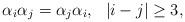
LaTeX: \begin{align*}\begin{array}{cc}\alpha_i \alpha_j = \alpha_j \alpha_i , & |i-j|\geq 3 , \\ \end{array}\end{align*}